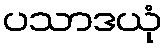
ပသာဒယုံ